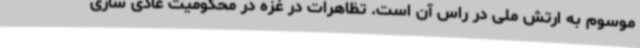
موسوم به ارتش ملی در راس آن است. تظاهرات در غزه در محکومیت عادی سازی